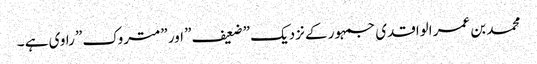
محمد بن عمر الواقدی جمہور کے نزدیک ”ضعیف” اور ”متروک” راوی ہے ۔